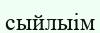
сыйлыім